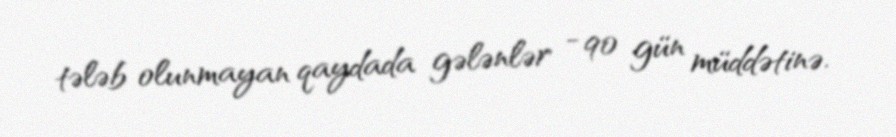
tələb olunmayan qaydada gələnlər - 90 gün müddətinə.